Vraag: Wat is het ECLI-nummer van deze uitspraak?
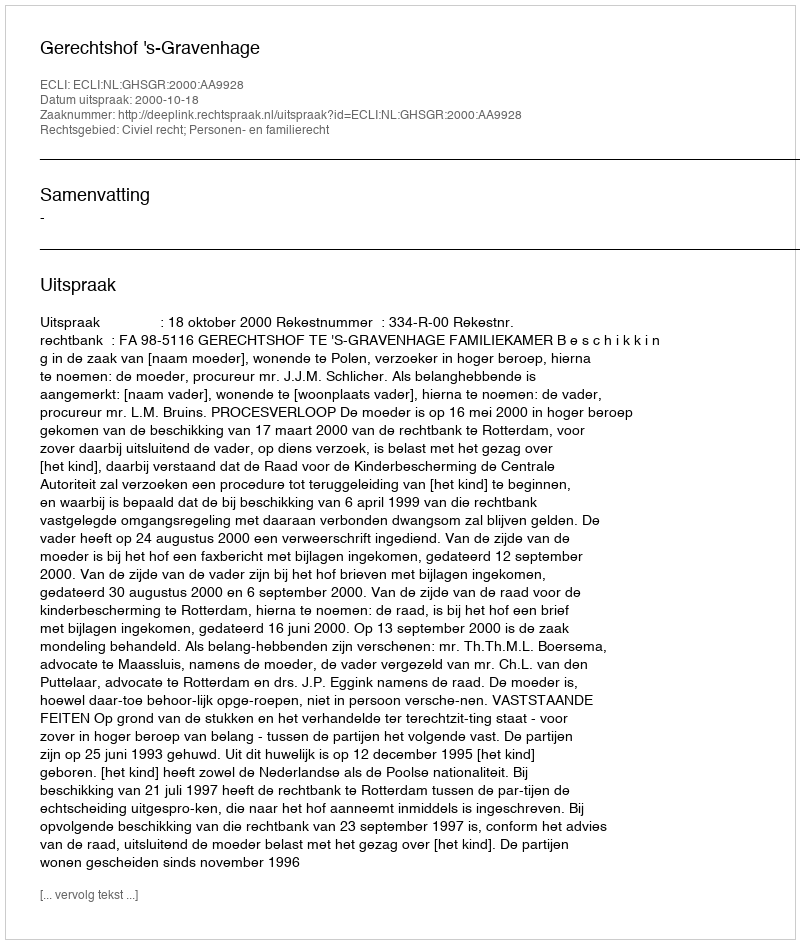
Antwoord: ECLI:NL:GHSGR:2000:AA9928